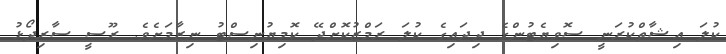
ކުލަ އިޝާތްކުރަނީ ސޮވިޔެޓުންގެ ދިދައިގެ ކުލަ ރަމްޒުކޮށްދޭ ކޮމިޔުނިސްޓު ނިޒާމަށެވެ. ރޫސީ ސާރިދޯޅު